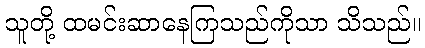
သူတို့ ထမင်းဆာနေကြသည်ကိုသာ သိသည်။